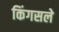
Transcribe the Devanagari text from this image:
किंगसले